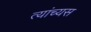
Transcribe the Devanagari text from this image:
त्यांच्यस